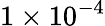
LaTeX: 1\times 10^{-4}